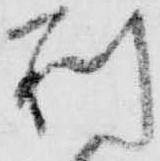
別